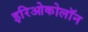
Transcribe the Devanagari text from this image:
इरिओकोलॉन